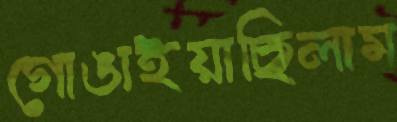
গোঙাইয়াছিলাম